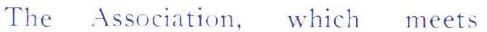
The Association, which meets